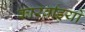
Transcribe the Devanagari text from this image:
कारर्वाइयों